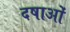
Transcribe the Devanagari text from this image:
दषाओं